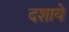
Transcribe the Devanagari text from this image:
दशाये